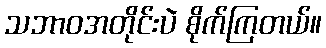
သဘာဝအတိုင်းပဲ စိုက်ကြတယ်။